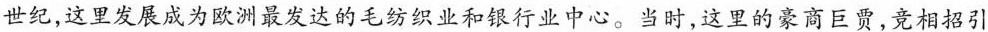
世纪，这里发展成为欧洲最发达的毛纺织业和银行业中心。当时，这里的豪商巨贾，竞相招引